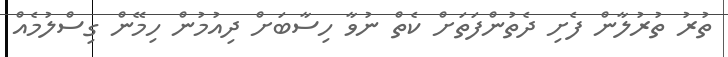
ތުރު ތުރުލާން ފެށި ދެތުންފަތަށް ކެތް ނުވާ ހިސާބަށް ދިއުމުން ހިމޭން ގިސްލުމެއް